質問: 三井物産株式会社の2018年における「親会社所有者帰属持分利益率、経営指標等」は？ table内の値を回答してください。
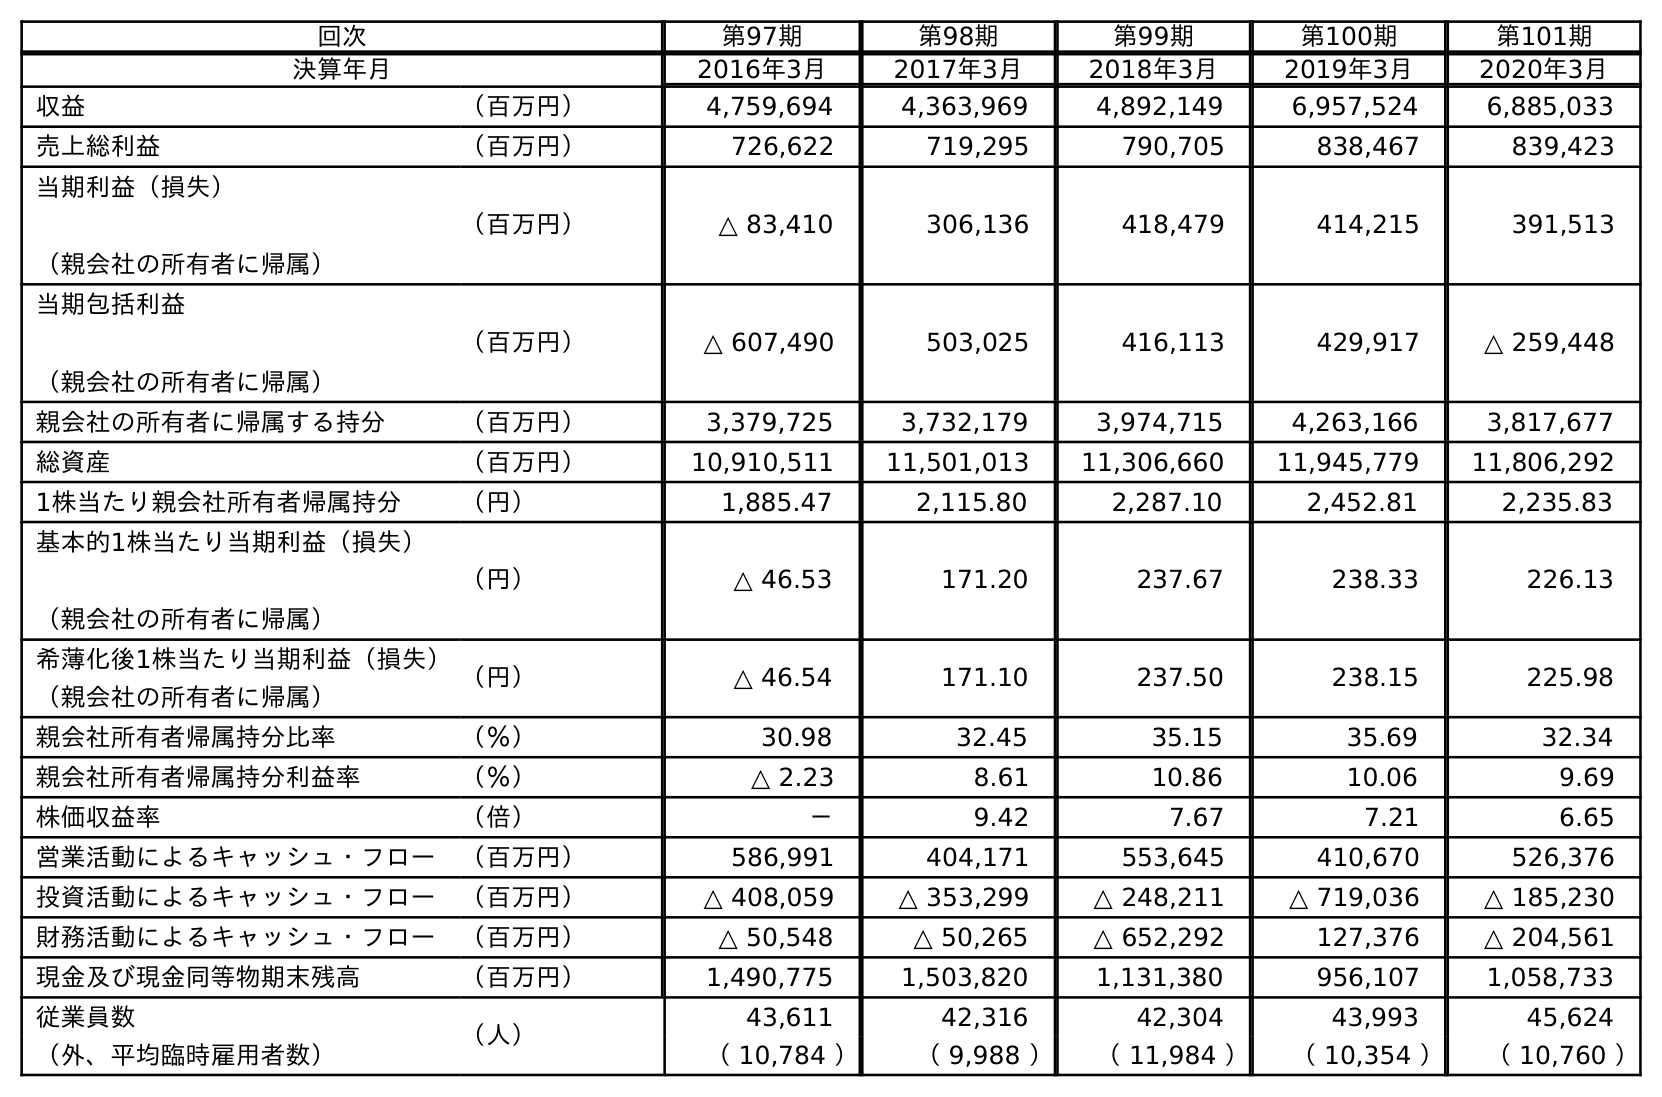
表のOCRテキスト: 回次 第97期 第98期 第99期 第100期 第101期 決算年月 2016年3月 2017年3月 2018年3月 2019年3月 2020年3月 収益 （百万円） 4,759,694 4,363,969 4,892,149 6,957,524 6,885,033 売上総利益 （百万円） 726,622 719,295 790,705 838,467 839,423 当期利益（損失） （親会社の所有者に帰属） （百万円） △ 83,410 306,136 418,479 414,215 391,513 当期包括利益 （親会社の所有者に帰属） （百万円） △ 607,490 503,025 416,113 429,917 △ 259,448 親会社の所有者に帰属する持分 （百万円） 3,379,725 3,732,179 3,974,715 4,263,166 3,817,677 総資産 （百万円） 10,910,511 11,501,013 11,306,660 11,945,779 11,806,292 1株当たり親会社所有者帰属持分 （円） 1,885.47 2,115.80 2,287.10 2,452.81 2,235.83 基本的1株当たり当期利益（損失） （親会社の所有者に帰属） （円） △ 46.53 171.20 237.67 238.33 226.13 希薄化後1株当たり当期利益（損失） （親会社の所有者に帰属） （円） △ 46.54 171.10 237.50 238.15 225.98 親会社所有者帰属持分比率 （％） 30.98 32.45 35.15 35.69 32.34 親会社所有者帰属持分利益率 （％） △ 2.23 8.61 10.86 10.06 9.69 株価収益率 （倍） － 9.42 7.67 7.21 6.65 営業活動によるキャッシュ・フロー （百万円） 586,991 404,171 553,645 410,670 526,376 投資活動によるキャッシュ・フロー （百万円） △ 408,059 △ 353,299 △ 248,211 △ 719,036 △ 185,230 財務活動によるキャッシュ・フロー （百万円） △ 50,548 △ 50,265 △ 652,292 127,376 △ 204,561 現金及び現金同等物期末残高 （百万円） 1,490,775 1,503,820 1,131,380 956,107 1,058,733 従業員数 （人） 43,611 42,316 42,304 43,993 45,624 （外、平均臨時雇用者数） （ 10,784 ） （ 9,988 ） （ 11,984 ） （ 10,354 ） （ 10,760 ）
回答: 10.86